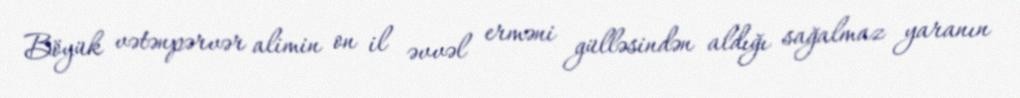
Böyük vətənpərvər alimin on il əvvəl erməni gülləsindən aldığı sağalmaz yaranın